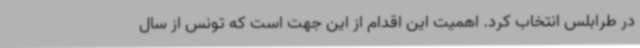
در طرابلس انتخاب کرد. اهمیت این اقدام از این جهت است که تونس از سال